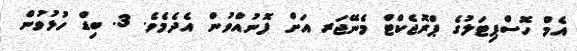
އެމް ހޮސްޕިޓަލުގެ ޕްރޮޖެކްޓް މެނޭޖަރ އަށް ފޮނުއްވުން އެދެމެވެ. 3. ބިޑް ހުޅުވުން